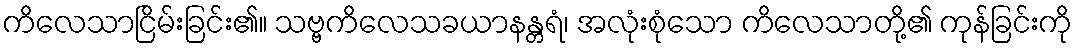
ကိလေသာငြိမ်းခြင်း၏။ သဗ္ဗကိလေသခယာနန္တရံ၊ အလုံးစုံသော ကိလေသာတို့၏ ကုန်ခြင်းကို